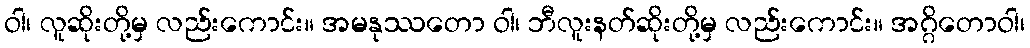
ဝါ၊ လူဆိုးတို့မှ လည်းကောင်း။ အမနုဿတော ဝါ၊ ဘီလူးနတ်ဆိုးတို့မှ လည်းကောင်း။ အဂ္ဂိတောဝါ၊